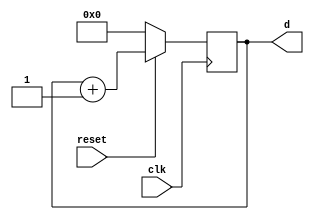
module counter16(clk, reset, d);

input clk,reset;
output reg[0:3] d;

initial begin
d <= 0;
end


always@(posedge clk)
	if(!reset)
		d <= 0;
	else
		d <= d + 1;
endmodule